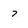
Character: 7